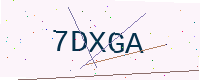
Text: 7DXGA